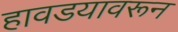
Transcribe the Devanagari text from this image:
हावडयावरून